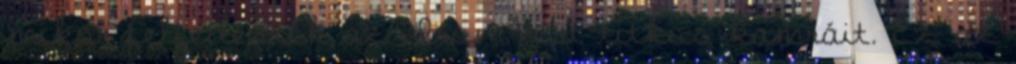
mikor felfedezték az Iron Fist titkos kamráit. Ez az